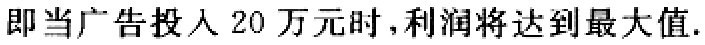
即当广告投入 20 万元时,利润将达到最大值.